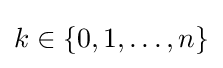
k\in \{0,1,\ldots ,n\}